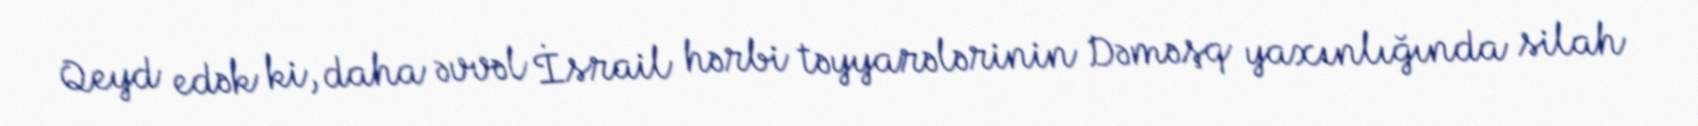
Qeyd edək ki, daha əvvəl İsrail hərbi təyyarələrinin Dəməşq yaxınlığında silah